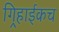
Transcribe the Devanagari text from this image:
गिर्‍हाईकच